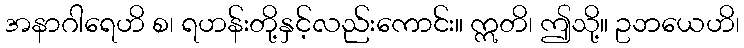
အနာဂါရေဟိ စ၊ ရဟန်းတို့နှင့်လည်းကောင်း။ ဣတိ၊ ဤသို့။ ဥဘယေဟိ၊